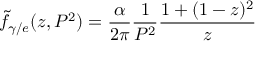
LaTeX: \tilde { f } _ { \gamma / e } ( z , P ^ { 2 } ) = \frac { \alpha } { 2 \pi } \frac { 1 } { P ^ { 2 } } \frac { 1 + ( 1 - z ) ^ { 2 } } { z }